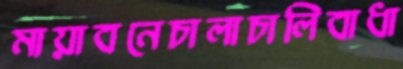
মায়াবনেচালাচালিবাধা